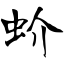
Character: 蚧